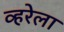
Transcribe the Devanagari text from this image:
व्हरेला